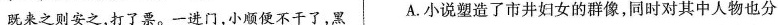
既来之则安之，打了票。一进门，小顺便不干了，黑 A.小说塑造了市井妇女的群像，同时对其中人物也分